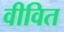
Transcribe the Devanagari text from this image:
वीवित